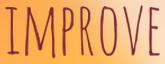
IMPROVE